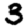
Digit: 3